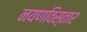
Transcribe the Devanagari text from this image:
नयणविस्तार